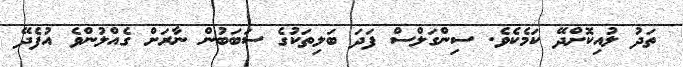
ތަދު ލުއިކޮށްދޭ ކަމެކެވެ. ސިންގަލްސް ފަދަ ބަލިތަކުގެ ސަބަބުން ނާރަށް ގެއްލުންވެ އުފެދޭ